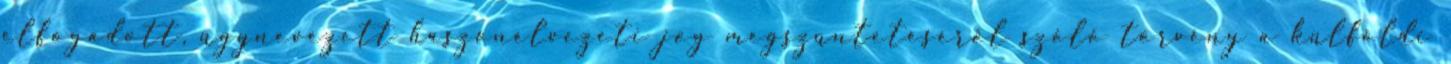
elfogadott, úgynevezett haszonélvezeti jog megszüntetéséről szóló törvény a külföldi